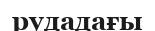
рудадағы